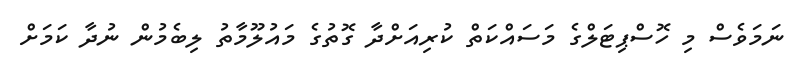
ނަމަވެސް މި ހޮސްޕިޓަލްގެ މަސައްކަތް ކުރިއަށްދާ ގޮތުގެ މައުލޫމާތު ލިބެމުން ނުދާ ކަމަށް